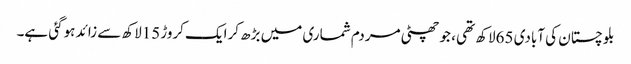
بلوچستان کی آبادی 65لاکھ تھی ، جو چھٹی مردم شماری میں بڑھ کرایک کروڑ15لاکھ سے زائد ہوگئی ہے۔